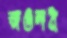
জওশন